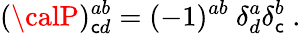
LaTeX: ({\calP})_{\mathsf{c}d}^{ab}=(-1)^{ab}\ \delta_{d}^{a}\delta_{\mathsf{c}}^{b}\ .